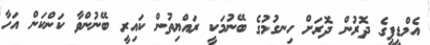
އެމްޑީޕީގެ ދޮރުން ދޮރަށް ހިނގުމުގެ ބޭނުމަކީ ރައްޔިތުން ކައިރީ ބޭނުންވާ ކަންކަން އަހާ